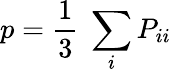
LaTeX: p=\frac{1}{3}\; \sum_{i}P_{ii}